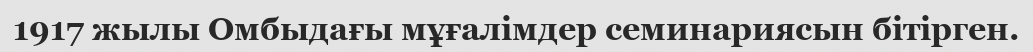
1917 жылы Омбыдағы мұғалімдер семинариясын бітірген.